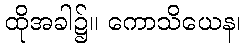
ထိုအခါ၌။ ကောသိယေန၊